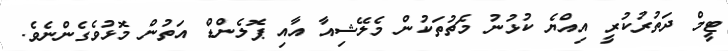
ޓީމް ދަތުރުކުރީ އިއްޔެ ކުޅުނު މެޗުތަކުން މެލޭޝިއާ އާއި ޕޮލެންޑް އަތުން މޮޅުވެގެންނެވެ.